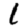
Digit: 1